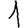
Digit: 1